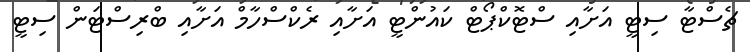
ޗެސްޓާ ސިޓީ އަށާއި ސްޓޮކްޕޯޓް ކައުންޓީ އަށާއި ރެކްސްހާމް އަށާއި ބްރިސްޓަން ސިޓީ